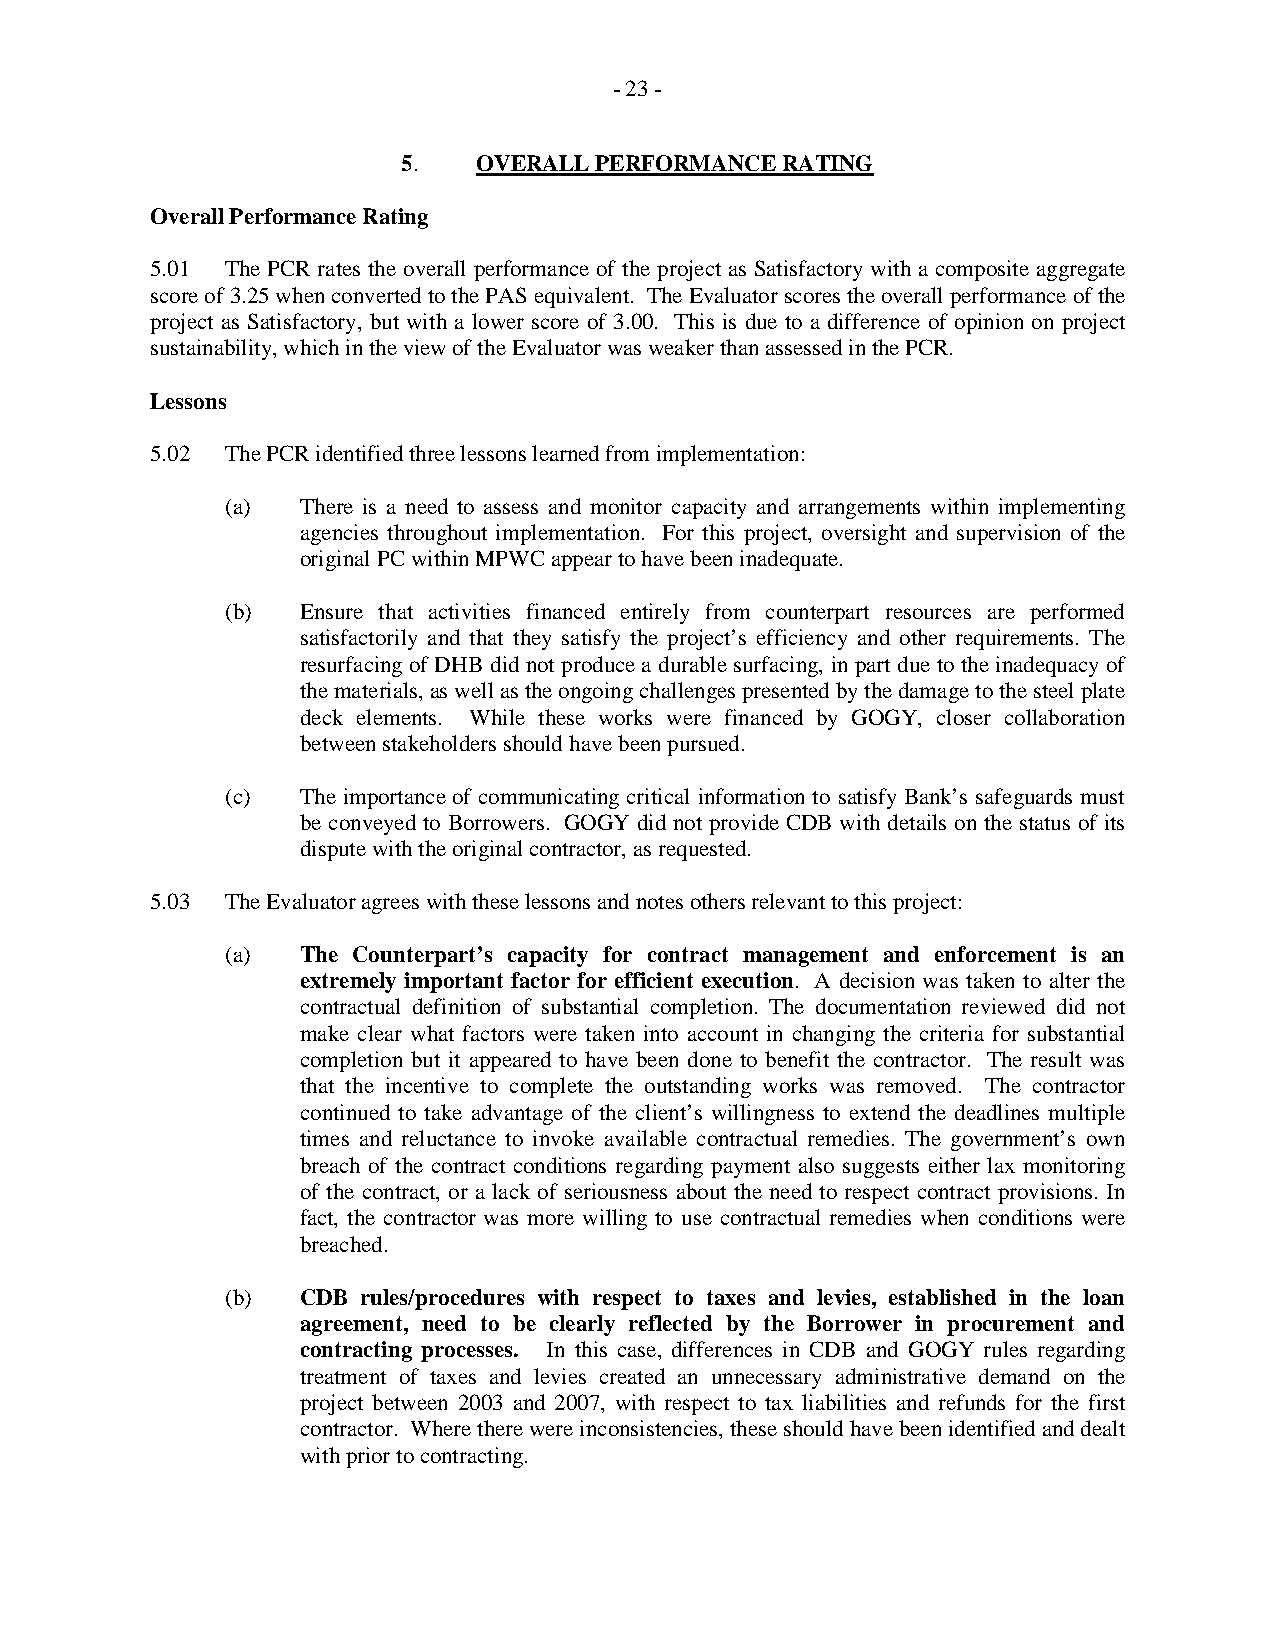
- 23 -
 5.   OVERALL PERFORMANCE RATING
 Overall Performance Rating
 5.01 The PCR rates the overall performance of the project as Satisfactory with a composite aggregate
 score of 3.25 when converted to the PAS equivalent. The Evaluator scores the overall performance of the
 project as Satisfactory, but with a lower score of 3.00. This is due to a difference of opinion on project
 sustainability, which in the view of the Evaluator was weaker than assessed in the PCR.
 Lessons
 5.02 The PCR identified three lessons learned from implementation:
 (a)  There is a need to assess and monitor capacity and arrangements within implementing
 agencies throughout implementation. For this project, oversight and supervision of the
 original PC within MPWC appear to have been inadequate.
 (b)  Ensure that activities financed entirely from counterpart resources are performed
 satisfactorily and that they satisfy the project’s efficiency and other requirements. The
 resurfacing of DHB did not produce a durable surfacing, in part due to the inadequacy of
 the materials, as well as the ongoing challenges presented by the damage to the steel plate
 deck elements. While these works were financed by GOGY, closer collaboration
 between stakeholders should have been pursued.
 (c)  The importance of communicating critical information to satisfy Bank’s safeguards must
 be conveyed to Borrowers. GOGY did not provide CDB with details on the status of its
 dispute with the original contractor, as requested.
 5.03 The Evaluator agrees with these lessons and notes others relevant to this project:
 (a)  The Counterpart’s capacity for contract management and enforcement is an
 extremely important factor for efficient execution. A decision was taken to alter the
 contractual definition of substantial completion. The documentation reviewed did not
 make clear what factors were taken into account in changing the criteria for substantial
 completion but it appeared to have been done to benefit the contractor. The result was
 that the incentive to complete the outstanding works was removed. The contractor
 continued to take advantage of the client’s willingness to extend the deadlines multiple
 times and reluctance to invoke available contractual remedies. The government’s own
 breach of the contract conditions regarding payment also suggests either lax monitoring
 of the contract, or a lack of seriousness about the need to respect contract provisions. In
 fact, the contractor was more willing to use contractual remedies when conditions were
 breached.
 (b)  CDB rules/procedures with respect to taxes and levies, established in the loan
 agreement, need to be clearly reflected by the Borrower in procurement and
 contracting processes. In this case, differences in CDB and GOGY rules regarding
 treatment of taxes and levies created an unnecessary administrative demand on the
 project between 2003 and 2007, with respect to tax liabilities and refunds for the first
 contractor. Where there were inconsistencies, these should have been identified and dealt
 with prior to contracting.